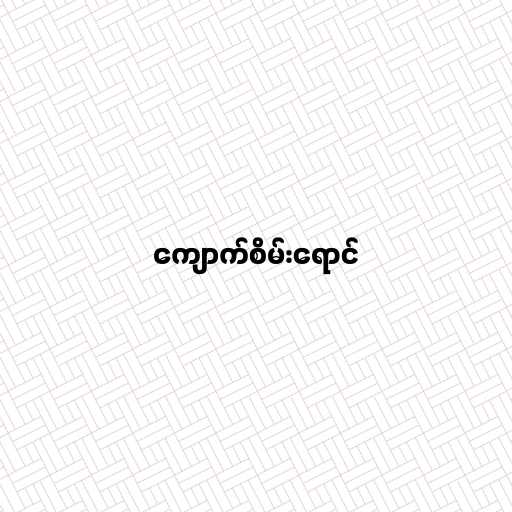
ကျောက်စိမ်းရောင်